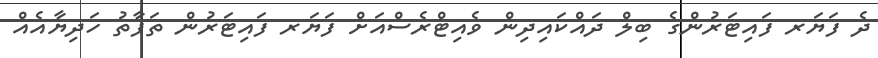
ދެ ފަޔަރ ފައިޓަރުންގެ ބިލް ދައްކައިދިން ވެއިޓްރެސްއަށް ފަޔަރ ފައިޓަރުން ތަފާތު ހަދިޔާއެއް